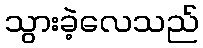
သွားခဲ့လေသည်